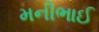
મનીભાઈ